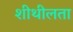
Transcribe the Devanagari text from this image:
शीथीलता